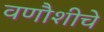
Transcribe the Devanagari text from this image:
वणौशीचे